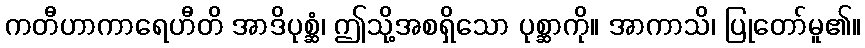
ကတီဟာကာရေဟီတိ အာဒိပုစ္ဆံ၊ ဤသို့အစရှိသော ပုစ္ဆာကို။ အာကာသိ၊ ပြုတော်မူ၏။